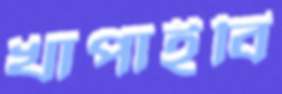
খাপাইবি